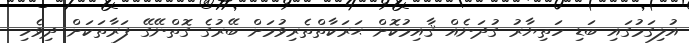
އުލިގަމުގައި ބަޑި ހަތިޔާރު ގުދަނެއް ޤާއިމުކޮށް ޙަރަކާތްތެރިވުމަށް ބޭރުގެ ގޮތްނޭގޭ ފަރާތަކަށް ދިވެހި